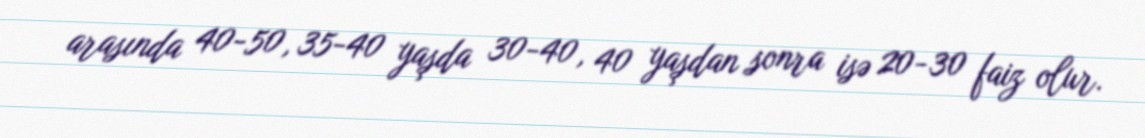
arasında 40-50, 35-40 yaşda 30-40, 40 yaşdan sonra isə 20-30 faiz olur.